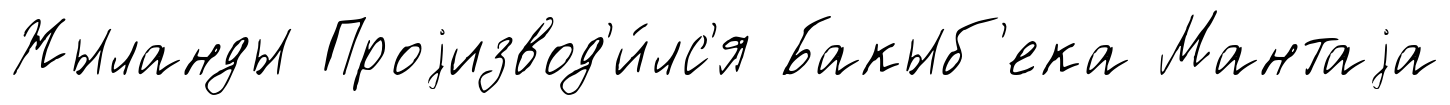
Жыланды Проjизвод'и́лс'я Бакыб'ека Мантаjа